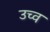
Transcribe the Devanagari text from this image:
उच्व